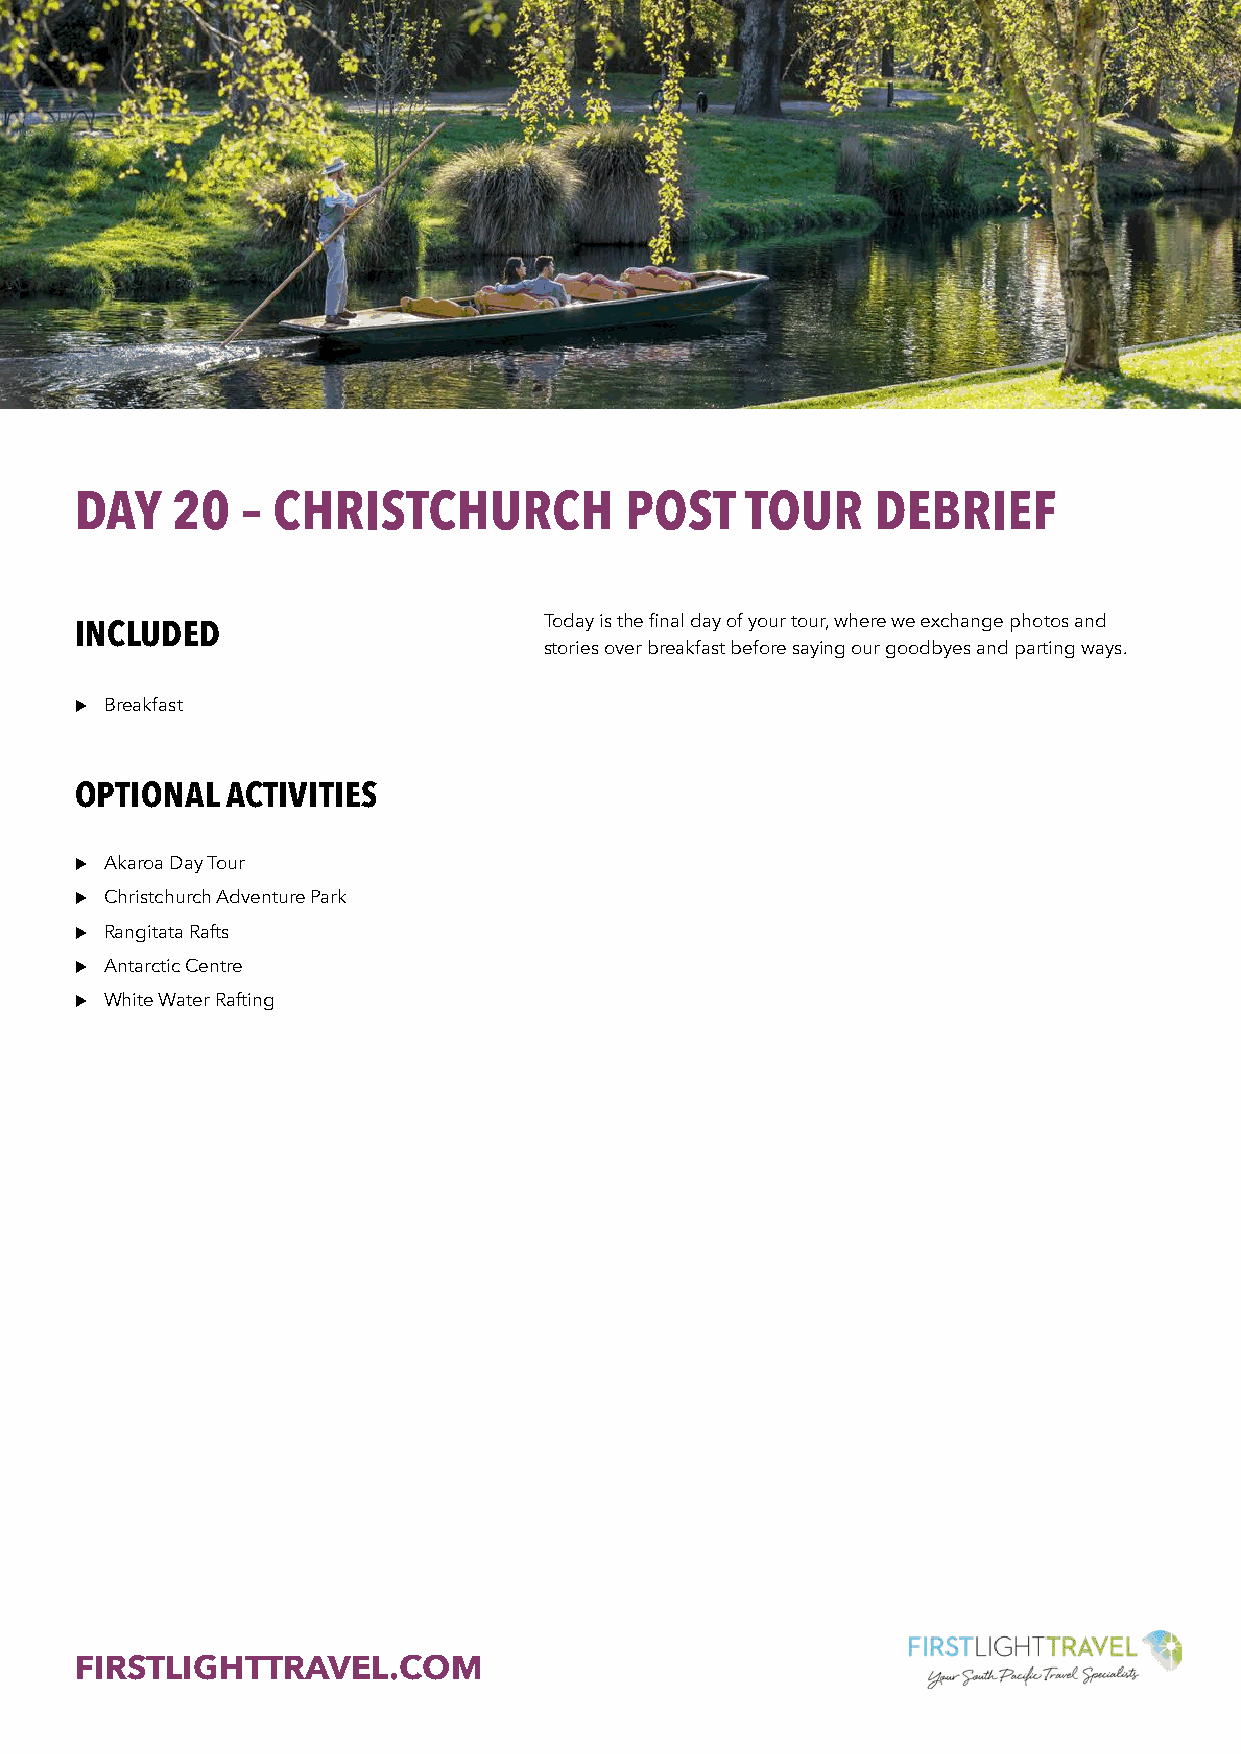
DAY   20   – CHRISTCHURCH           POST    TOUR     DEBRIEF
 Today is the final day of your tour, where we exchange photos and
 INCLUDED
 stories over breakfast before saying our goodbyes and parting ways.
 u Breakfast
 OPTIONAL  ACTIVITIES
 u Akaroa Day Tour
 u Christchurch Adventure Park
 u Rangitata Rafts
 u Antarctic Centre
 u White Water Rafting
 FIRSTLIGHTTRAVEL.COM